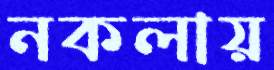
নকলায়